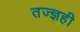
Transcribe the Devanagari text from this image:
तज्ज्ञही